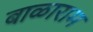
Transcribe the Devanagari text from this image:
बाळाराम